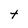
Character: t